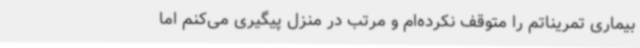
بیماری تمریناتم را متوقف نکرده‌ام و مرتب در منزل پیگیری می‌کنم اما